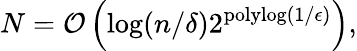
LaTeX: N=\mathcal{O}\left(\log(n/\delta)2^{\mathrm{polylog}(1/\epsilon)}\right),